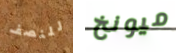
للنصف ميونخ